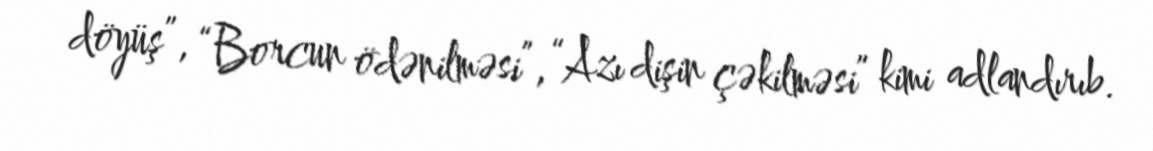
döyüş”, “Borcun ödənilməsi”, “Azı dişin çəkilməsi” kimi adlandırıb.